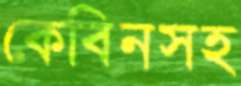
কেবিনসহ